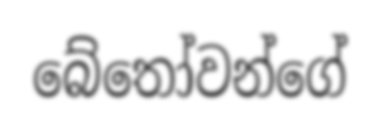
බේතෝවන්ගේ